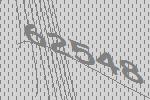
62548